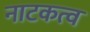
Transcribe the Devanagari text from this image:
नाटकत्व